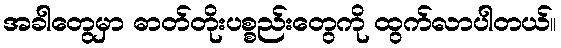
အခါတွေမှာ ဓာတ်တိုးပစ္စည်းတွေကို ထွက်လာပါတယ်။